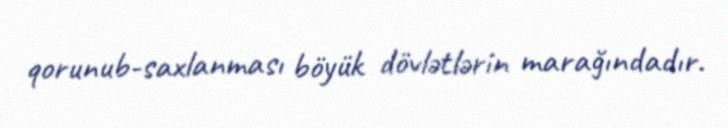
qorunub-saxlanması böyük dövlətlərin marağındadır.